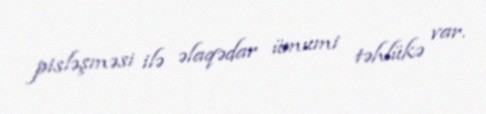
pisləşməsi ilə əlaqədar ümumi təhlükə var.